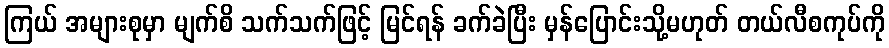
ကြယ် အများစုမှာ မျက်စိ သက်သက်ဖြင့် မြင်ရန် ခက်ခဲပြီး မှန်ပြောင်းသို့မဟုတ် တယ်လီစကုပ်ကို